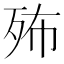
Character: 𣧦